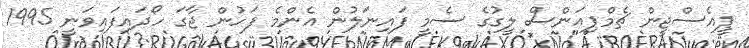
ޕީއެސްޖީން ޗެމްޕިއަންސް ލީގުގެ ސެމީ ފައިނަލުން އެންމެ ފަހުން ޖާގަ ހޯދައިފައިވަނީ 1995